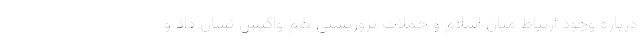
درباره وجود ارتباط میان اسلام و حملات تروریستی هم واکنش نشان داد و